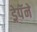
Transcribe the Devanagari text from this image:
ड्रेपॅने